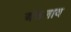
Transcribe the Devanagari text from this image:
अंकलाव